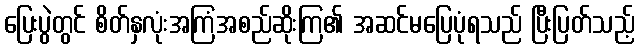
ပြေးပွဲတွင် စိတ်နှလုံးအကြံအစည်ဆိုးကြ၏ အဆင်မပြေပုံရသည် ပြီးပြတ်သည့်